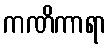
ကဏိကာရာ